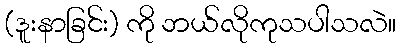
(ဒူးနာခြင်း) ကို ဘယ်လိုကုသပါသလဲ။